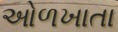
ઓળખાતા